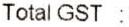
TOTAL GST :